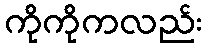
ကိုကိုကလည်း